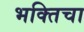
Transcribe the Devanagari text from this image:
भक्तिचा